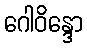
ဂေါဝိန္ဒော